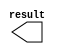
module const_x (
	result);

	output	[10:0]  result;

endmodule